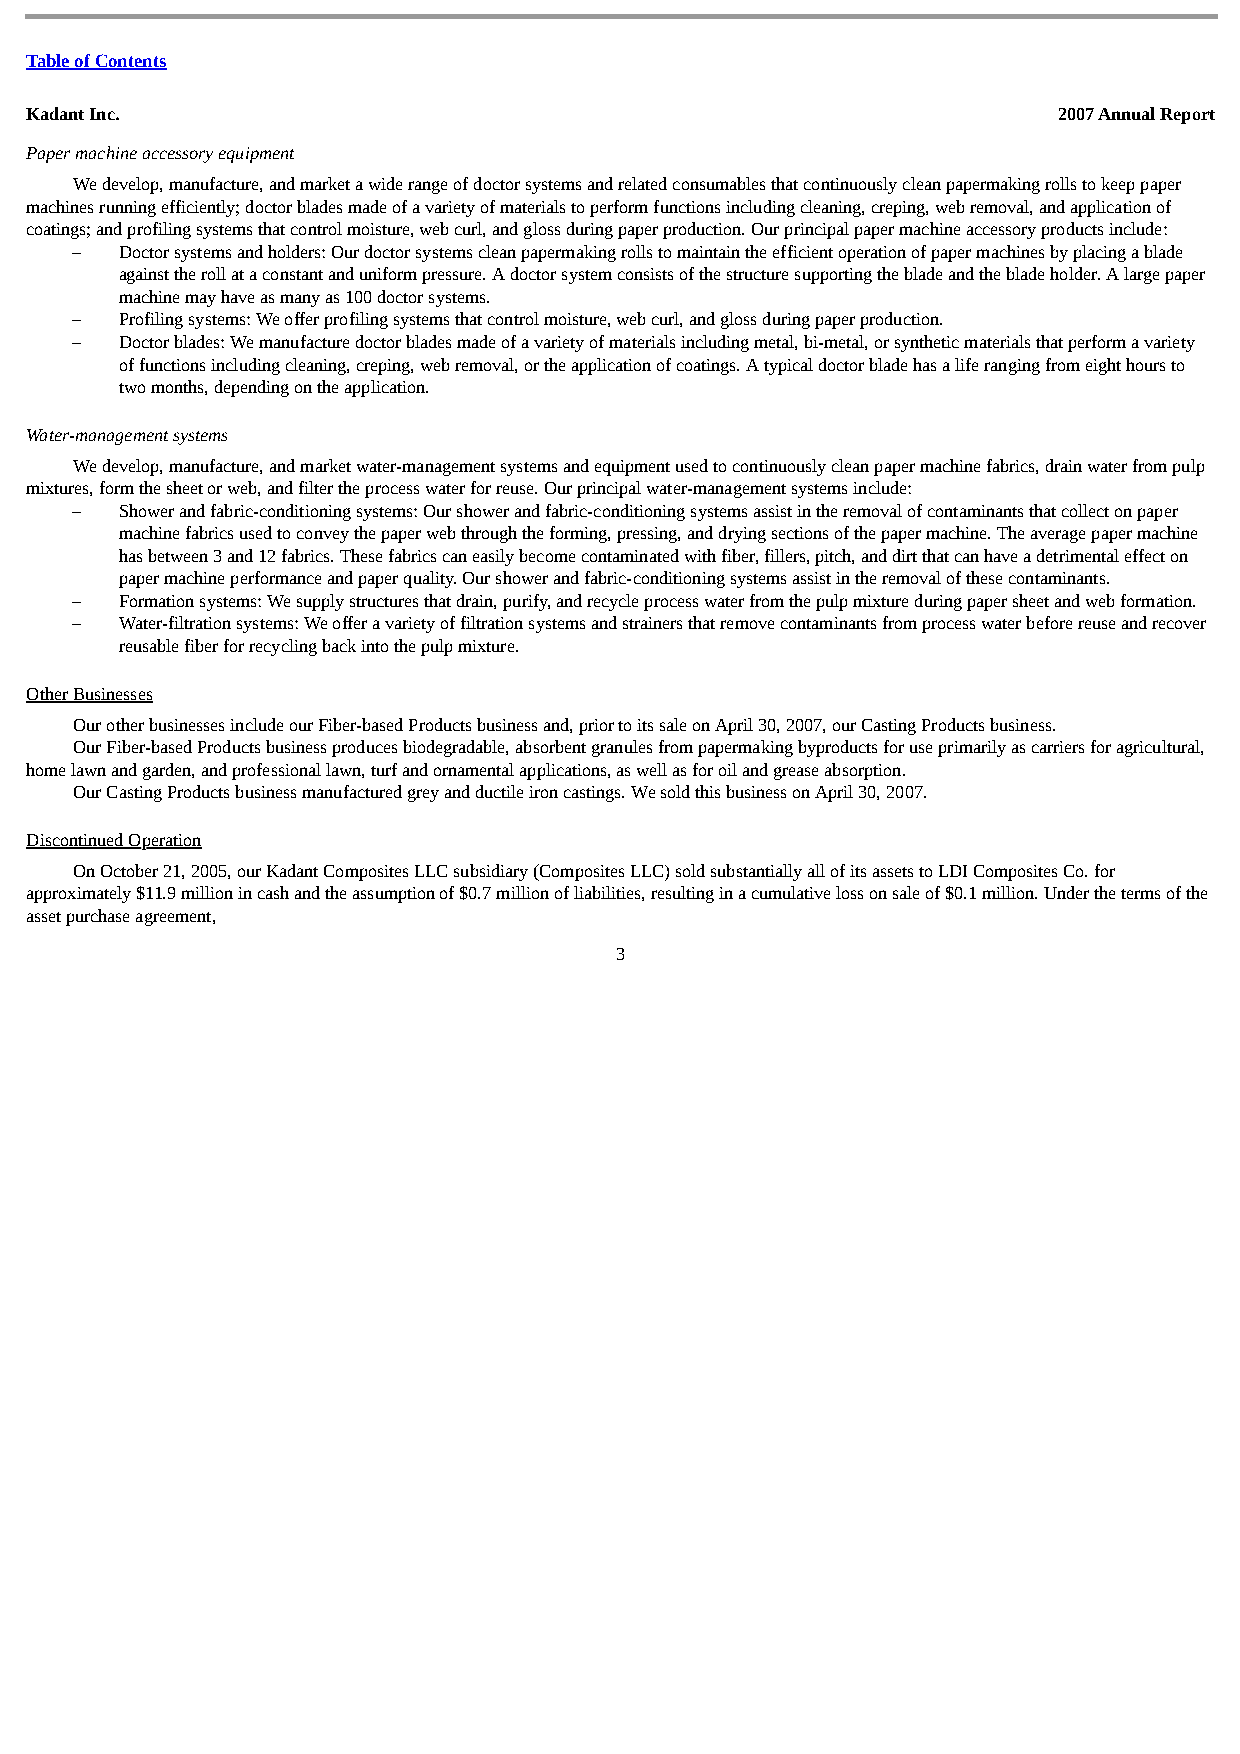
Table of Contents
 Kadant Inc.                                                         2007 Annual Report
 Paper machine accessory equipment
 We develop, manufacture, and market a wide range of doctor systems and related consumables that continuously clean papermaking rolls to keep paper
 machines running efficiently; doctor blades made of a variety of materials to perform functions including cleaning, creping, web removal, and application of
 coatings; and profiling systems that control moisture, web curl, and gloss during paper production. Our principal paper machine accessory products include:
 –  Doctor systems and holders: Our doctor systems clean papermaking rolls to maintain the efficient operation of paper machines by placing a blade
 against the roll at a constant and uniform pressure. A doctor system consists of the structure supporting the blade and the blade holder. A large paper
 machine may have as many as 100 doctor systems.
 –  Profiling systems: We offer profiling systems that control moisture, web curl, and gloss during paper production.
 –  Doctor blades: We manufacture doctor blades made of a variety of materials including metal, bi-metal, or synthetic materials that perform a variety
 of functions including cleaning, creping, web removal, or the application of coatings. A typical doctor blade has a life ranging from eight hours to
 two months, depending on the application.
 Water-management systems
 We develop, manufacture, and market water-management systems and equipment used to continuously clean paper machine fabrics, drain water from pulp
 mixtures, form the sheet or web, and filter the process water for reuse. Our principal water-management systems include:
 –  Shower and fabric-conditioning systems: Our shower and fabric-conditioning systems assist in the removal of contaminants that collect on paper
 machine fabrics used to convey the paper web through the forming, pressing, and drying sections of the paper machine. The average paper machine
 has between 3 and 12 fabrics. These fabrics can easily become contaminated with fiber, fillers, pitch, and dirt that can have a detrimental effect on
 paper machine performance and paper quality. Our shower and fabric-conditioning systems assist in the removal of these contaminants.
 –  Formation systems: We supply structures that drain, purify, and recycle process water from the pulp mixture during paper sheet and web formation.
 –  Water-filtration systems: We offer a variety of filtration systems and strainers that remove contaminants from process water before reuse and recover
 reusable fiber for recycling back into the pulp mixture.
 Other Businesses
 Our other businesses include our Fiber-based Products business and, prior to its sale on April 30, 2007, our Casting Products business.
 Our Fiber-based Products business produces biodegradable, absorbent granules from papermaking byproducts for use primarily as carriers for agricultural,
 home lawn and garden, and professional lawn, turf and ornamental applications, as well as for oil and grease absorption.
 Our Casting Products business manufactured grey and ductile iron castings. We sold this business on April 30, 2007.
 Discontinued Operation
 On October 21, 2005, our Kadant Composites LLC subsidiary (Composites LLC) sold substantially all of its assets to LDI Composites Co. for
 approximately $11.9 million in cash and the assumption of $0.7 million of liabilities, resulting in a cumulative loss on sale of $0.1 million. Under the terms of the
 asset purchase agreement,
 3